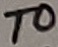
Text: T0